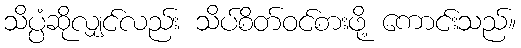
သိပ္ပံဆိုလျှင်လည်း သိပ်စိတ်ဝင်စားဖို့ ကောင်းသည်။